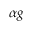
\alpha g